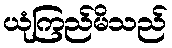
ယုံကြည်မိသည်